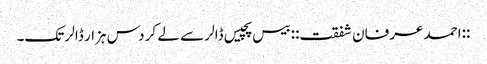
::احمد عرفان شفقت:: بیس پچیس ڈالر سے لے کر دس ہزار ڈالر تک۔